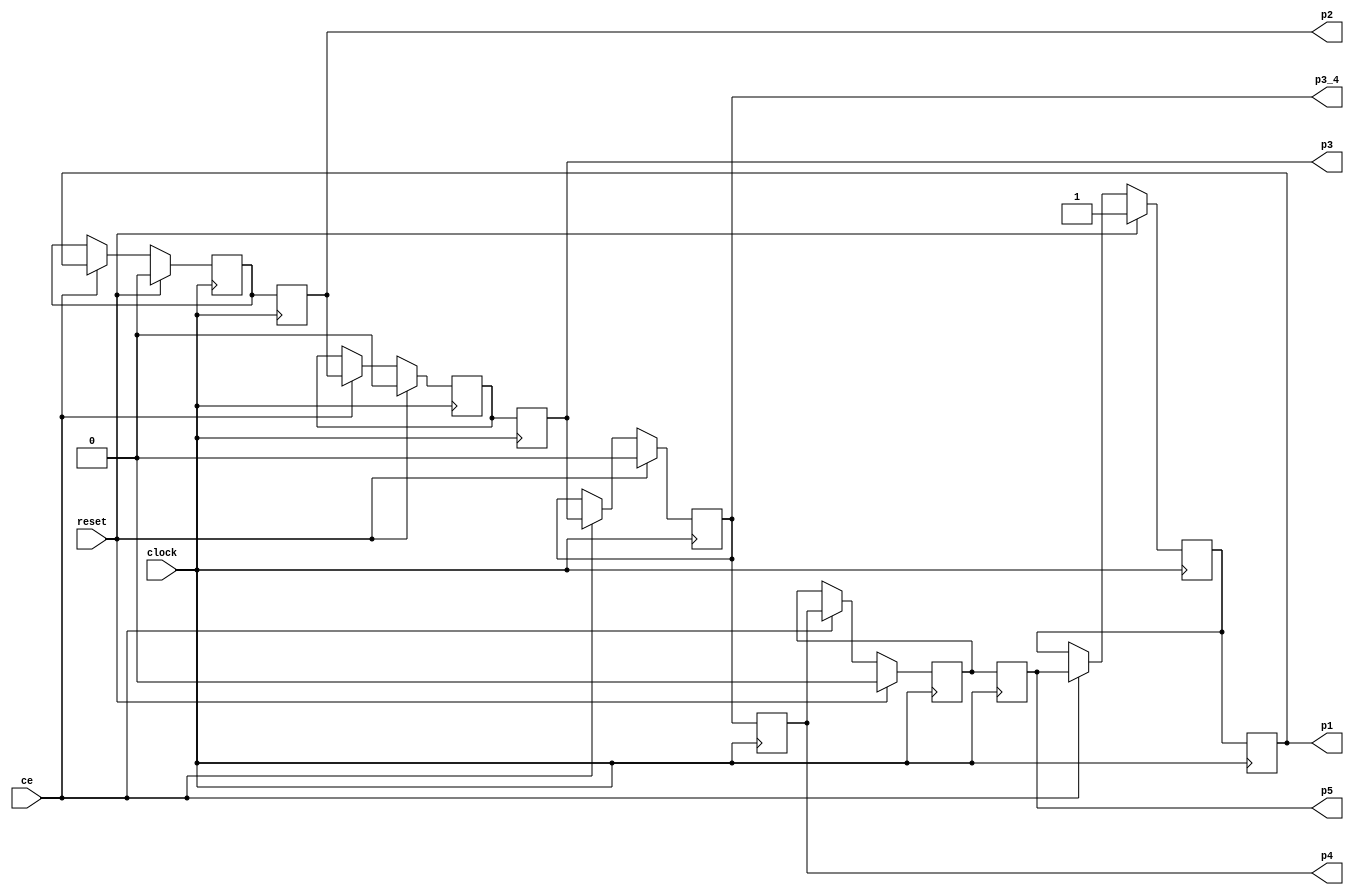
module phaseCounter(input clock,reset,ce,//changeEnable
					output reg p1,p2,p3,p3_4,p4,p5);
	reg p1_master,p2_master,p3_master,p5_master;

	always @(posedge clock) begin
		if(reset == 1'b1)begin
				p1_master <= 1;
				p2_master <= 0;
				p3_master <= 0;
				p3_4 <= 0;
				p5_master <= 0;
		end else begin
			if(ce == 1'b1)begin
			p1_master <= p5;
			p2_master <= p1;
			p3_master <= p2;
			p3_4 <= p3;
			p5_master <= p4;
			end
		end
	end
	always @(negedge clock) begin
		p1 <=p1_master;
		p2 <=p2_master;
		p3 <=p3_master;
		p4 <=p3_4;
		p5 <=p5_master;
	end
endmodule